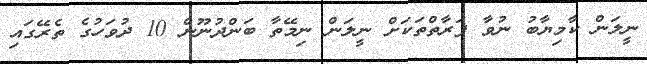
ނީލަން ކާމިޔާބު ނުވާ ފަރާތްތަކަށް ނީލަން ނިމޭތާ ބަންދުނޫން 10 ދުވަހުގެ ތެރޭގައި